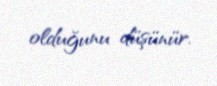
olduğunu düşünür.